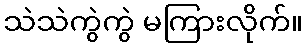
သဲသဲကွဲကွဲ မကြားလိုက်။